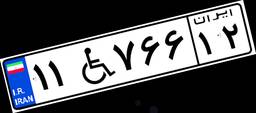
۱۱W۷۶۶۱۲